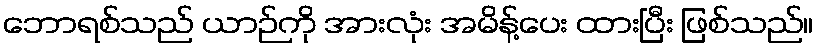
ဘောရစ်သည် ယာဉ်ကို အားလုံး အမိန့်ပေး ထားပြီး ဖြစ်သည်။